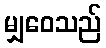
မျှဝေသည်